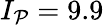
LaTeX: I_{\mathcal{P}}=9.9